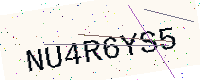
Text: NU4R6YS5